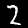
Label: 2